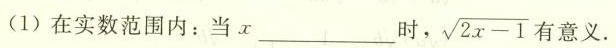
(1) 在实数范围内：当 x ___ 时，$$\sqrt { 2 x - 1 }$$ 意义.